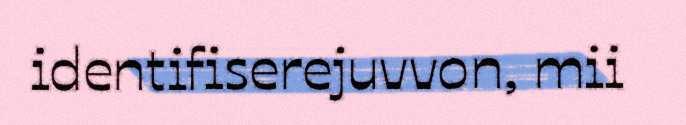
identifiserejuvvon, mii